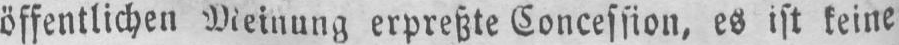
öffentlichen Meinung erpreßte Concession, es ist keine